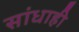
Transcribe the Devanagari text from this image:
सांधाही